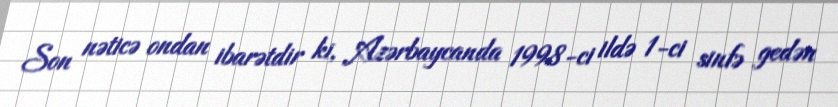
Son nəticə ondan ibarətdir ki, Azərbaycanda 1998-ci ildə 1-ci sinfə gedən